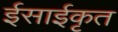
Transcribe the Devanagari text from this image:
ईसाईकृत